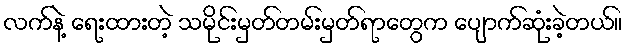
လက်နဲ့ ရေးထားတဲ့ သမိုင်းမှတ်တမ်းမှတ်ရာတွေက ပျောက်ဆုံးခဲ့တယ်။